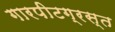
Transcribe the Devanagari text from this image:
गारपीटग्रस्त